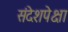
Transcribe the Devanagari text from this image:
संदेशपेक्षा